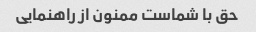
حق با شماست ممنون از راهنمایی